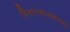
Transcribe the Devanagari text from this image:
विमानचालकाच्या